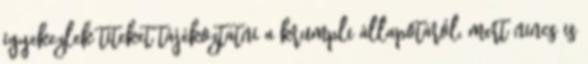
igyekezlek titeket tájékoztatni a krumpli állapotáról, mert nincs is